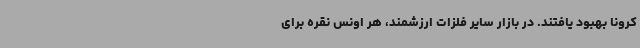
کرونا بهبود یافتند. در بازار سایر فلزات ارزشمند، هر اونس نقره برای